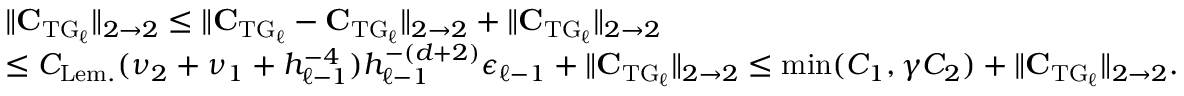
\begin{array} { r l } & { \| \boldsymbol { \mathbf { \check { C } } } _ { \mathrm { T G } _ { \ell } } \| _ { 2 \to 2 } \le \| \boldsymbol { \mathbf { C } } _ { \mathrm { T G } _ { \ell } } - \boldsymbol { \mathbf { \check { C } } } _ { \mathrm { T G } _ { \ell } } \| _ { 2 \to 2 } + \| \boldsymbol { \mathbf { C } } _ { \mathrm { T G } _ { \ell } } \| _ { 2 \to 2 } } \\ & { \le C _ { \mathrm { L e m . } } ( \nu _ { 2 } + \nu _ { 1 } + h _ { \ell - 1 } ^ { - 4 } ) h _ { \ell - 1 } ^ { - ( d + 2 ) } \epsilon _ { \ell - 1 } + \| \boldsymbol { \mathbf { C } } _ { \mathrm { T G } _ { \ell } } \| _ { 2 \to 2 } \le \operatorname* { m i n } ( C _ { 1 } , \gamma C _ { 2 } ) + \| \boldsymbol { \mathbf { C } } _ { \mathrm { T G } _ { \ell } } \| _ { 2 \to 2 } . } \end{array}